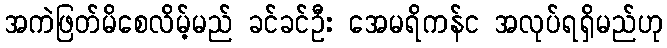
အကဲဖြတ်မိစေလိမ့်မည် ခင်ခင်ဦး အေမရိကန်င အလုပ်ရရှိမည်ဟု